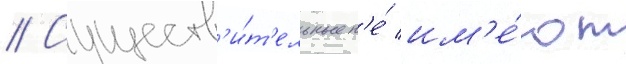
// Существ'и́т'ельные н'е́ им'е́ют